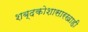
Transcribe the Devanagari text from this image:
शब्दकोशासारखाही